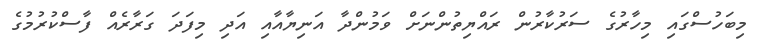
މިބަހުސްގައި މިހާރުގެ ސަރުކާރުން ރައްޔިތުންނަށް ވަމުންދާ އަނިޔާއާއި އަދި މިފަދަ ގަރާރެއް ފާސްކުރުމުގެ